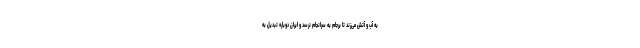
به آب و آتش می‌زند تا برجام به سرانجام نرسد و ایران دوباره تبدیل به